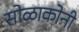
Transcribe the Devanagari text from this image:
सोळाकोनी